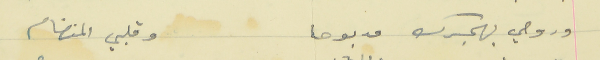
وروحي بهجرك مدبوحا                                  وقلبي المنضام